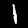
Digit: 1